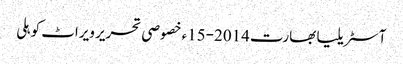
آسٹریلیا بھارت 2014-15ء خصوصی تحریر ویراٹ کوہلی